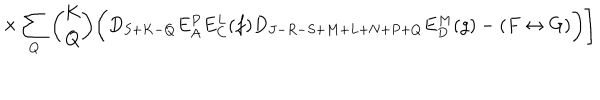
\times \sum _ { Q } { \binom { K } { Q } } \biggl ( D _ { S + K - Q } E _ { A } ^ { P } E _ { C } ^ { L } ( f ) D _ { J - R - S + M + L + N + P + Q } E _ { D } ^ { M } ( g ) - ( F \leftrightarrow G ) \biggr ) \Biggr ]